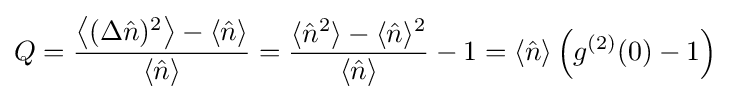
Q={\frac {\left\langle (\Delta {\hat {n}})^{2}\right\rangle -\langle {\hat {n}}\rangle }{\langle {\hat {n}}\rangle }}={\frac {\langle {\hat {n}}^{2}\rangle -\langle {\hat {n}}\rangle ^{2}}{\langle {\hat {n}}\rangle }}-1=\langle {\hat {n}}\rangle \left(g^{(2)}(0)-1\right)